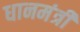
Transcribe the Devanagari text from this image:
धानमंत्री